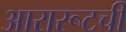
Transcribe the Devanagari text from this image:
आरारूटची